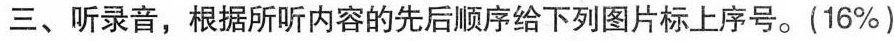
三、听录音，根据所听内容的先后顺序给下列图片标上序号。(16%)